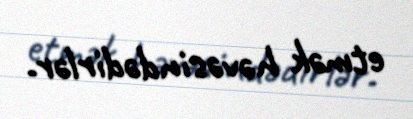
etmək həvəsindədirlər.